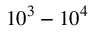
1 0 ^ { 3 } - 1 0 ^ { 4 }